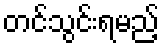
တင်သွင်းရမည့်